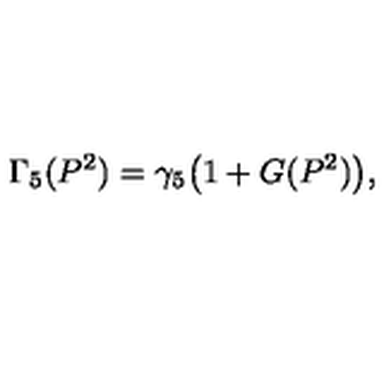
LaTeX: \Gamma _ { 5 } ( P ^ { 2 } ) = \gamma _ { 5 } \bigl ( 1 + G ( P ^ { 2 } ) \bigr ) ,